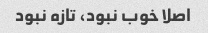
اصلا خوب نبود، تازه نبود